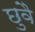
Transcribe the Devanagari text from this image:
छुवै